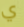
ي